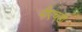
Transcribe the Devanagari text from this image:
पीएच्‌डी